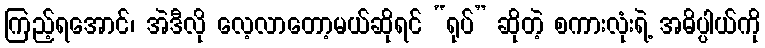
ကြည့်ရအောင်၊ အဲဒီလို လေ့လာတော့မယ်ဆိုရင် “ရုပ်” ဆိုတဲ့ စကားလုံးရဲ့ အဓိပ္ပါယ်ကို